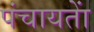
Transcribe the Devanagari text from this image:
पंचायताें